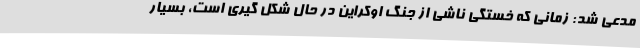
مدعی شد: زمانی که خستگی ناشی از جنگ اوکراین در حال شکل گیری است، بسیار